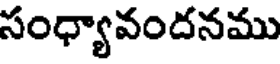
సంధ్యావందనము